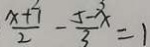
\frac { x + 7 } { 2 } - \frac { 5 - x } { 3 } = 1